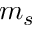
m _ { s }